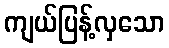
ကျယ်ပြန့်လှသော